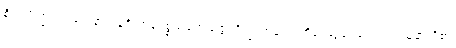
စိဝရပိဏ္ဍပါတသေနာသနဂိလာနပ္ပစ္စယဘေသဇ္ဇပရိက္ခာရာနံ၊ သင်္ကန်း ဆွမ်း ကျောင်း သူနာတို့၏